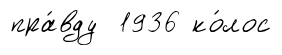
пра́вду 1936 ко́лос